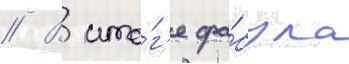
// В ито́г'е фа́була